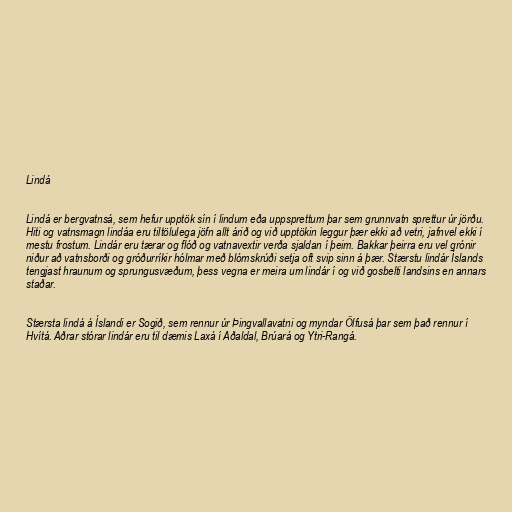
Lindá

Lindá er bergvatnsá, sem hefur upptök sín í lindum eða uppsprettum þar sem grunnvatn sprettur úr jörðu.
Hiti og vatnsmagn lindáa eru tiltölulega jöfn allt árið og við upptökin leggur þær ekki að vetri, jafnvel ekki í
mestu frostum. Lindár eru tærar og flóð og vatnavextir verða sjaldan í þeim. Bakkar þeirra eru vel grónir
niður að vatnsborði og gróðurríkir hólmar með blómskrúði setja oft svip sinn á þær. Stærstu lindár Íslands
tengjast hraunum og sprungusvæðum, þess vegna er meira um lindár í og við gosbelti landsins en annars
staðar.

Stærsta lindá á Íslandi er Sogið, sem rennur úr Þingvallavatni og myndar Ölfusá þar sem það rennur í
Hvítá. Aðrar stórar lindár eru til dæmis Laxá í Aðaldal, Brúará og Ytri-Rangá.